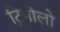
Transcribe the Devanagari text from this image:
ट्रिमोलो